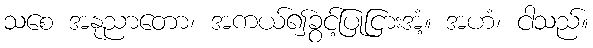
သစေ အနုညာတော၊ အကယ်၍ခွင့်ပြုငြားအံ့။ အဟံ၊ ငါသည်။